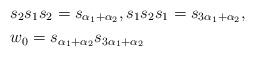
LaTeX: \begin{align*} & s_2 s_1 s_2 = s_{\alpha_1 + \alpha_2}, s_1 s_2 s_1 = s_{3\alpha_1 + \alpha_2}, \\ & w_0 = s_{\alpha_1 + \alpha_2} s_{3\alpha_1 + \alpha_2} \end{align*}